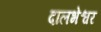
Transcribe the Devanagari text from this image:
दालभेश्वर